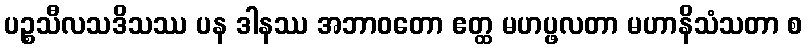
ပဉ္စသီလသဒိသဿ ပန ဒါနဿ အဘာဝတော ဧတ္ထ မဟပ္ဖလတာ မဟာနိသံသတာ စ